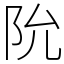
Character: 阭